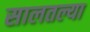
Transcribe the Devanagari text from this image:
सालतल्या